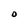
Character: 0